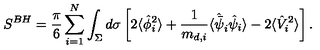
S ^ { B H } = { \frac { \pi } { 6 } } \sum _ { i = 1 } ^ { N } \int _ { \Sigma } d \sigma \left[ 2 \langle \hat { \phi } _ { i } ^ { 2 } \rangle + { \frac { 1 } { m _ { d , i } } } \langle \hat { \bar { \psi } } _ { i } \hat { \psi } _ { i } \rangle - 2 \langle \hat { V } _ { i } ^ { 2 } \rangle \right] .